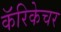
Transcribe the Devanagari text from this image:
कॅरिकेचर